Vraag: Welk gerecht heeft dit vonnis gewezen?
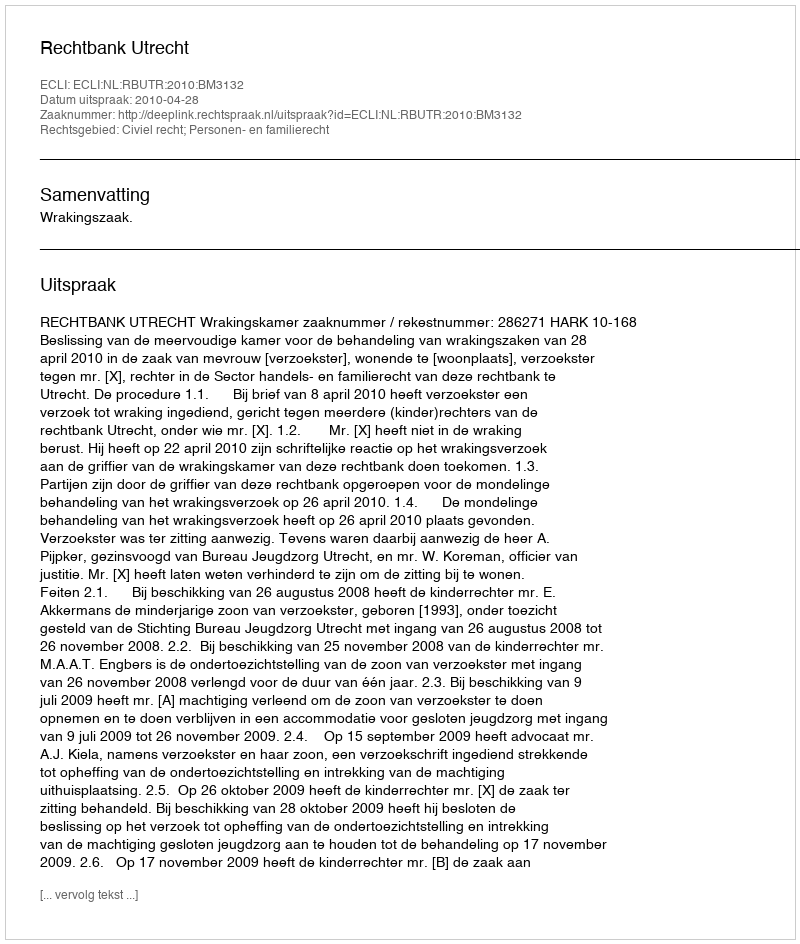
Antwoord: Rechtbank Utrecht